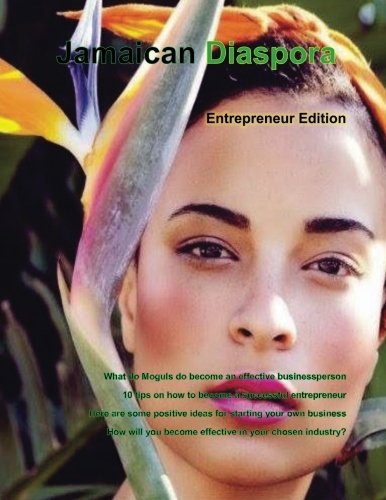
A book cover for Jamaican Diaspora: Entrepreneur Edition; Janice Maxwell; Travel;